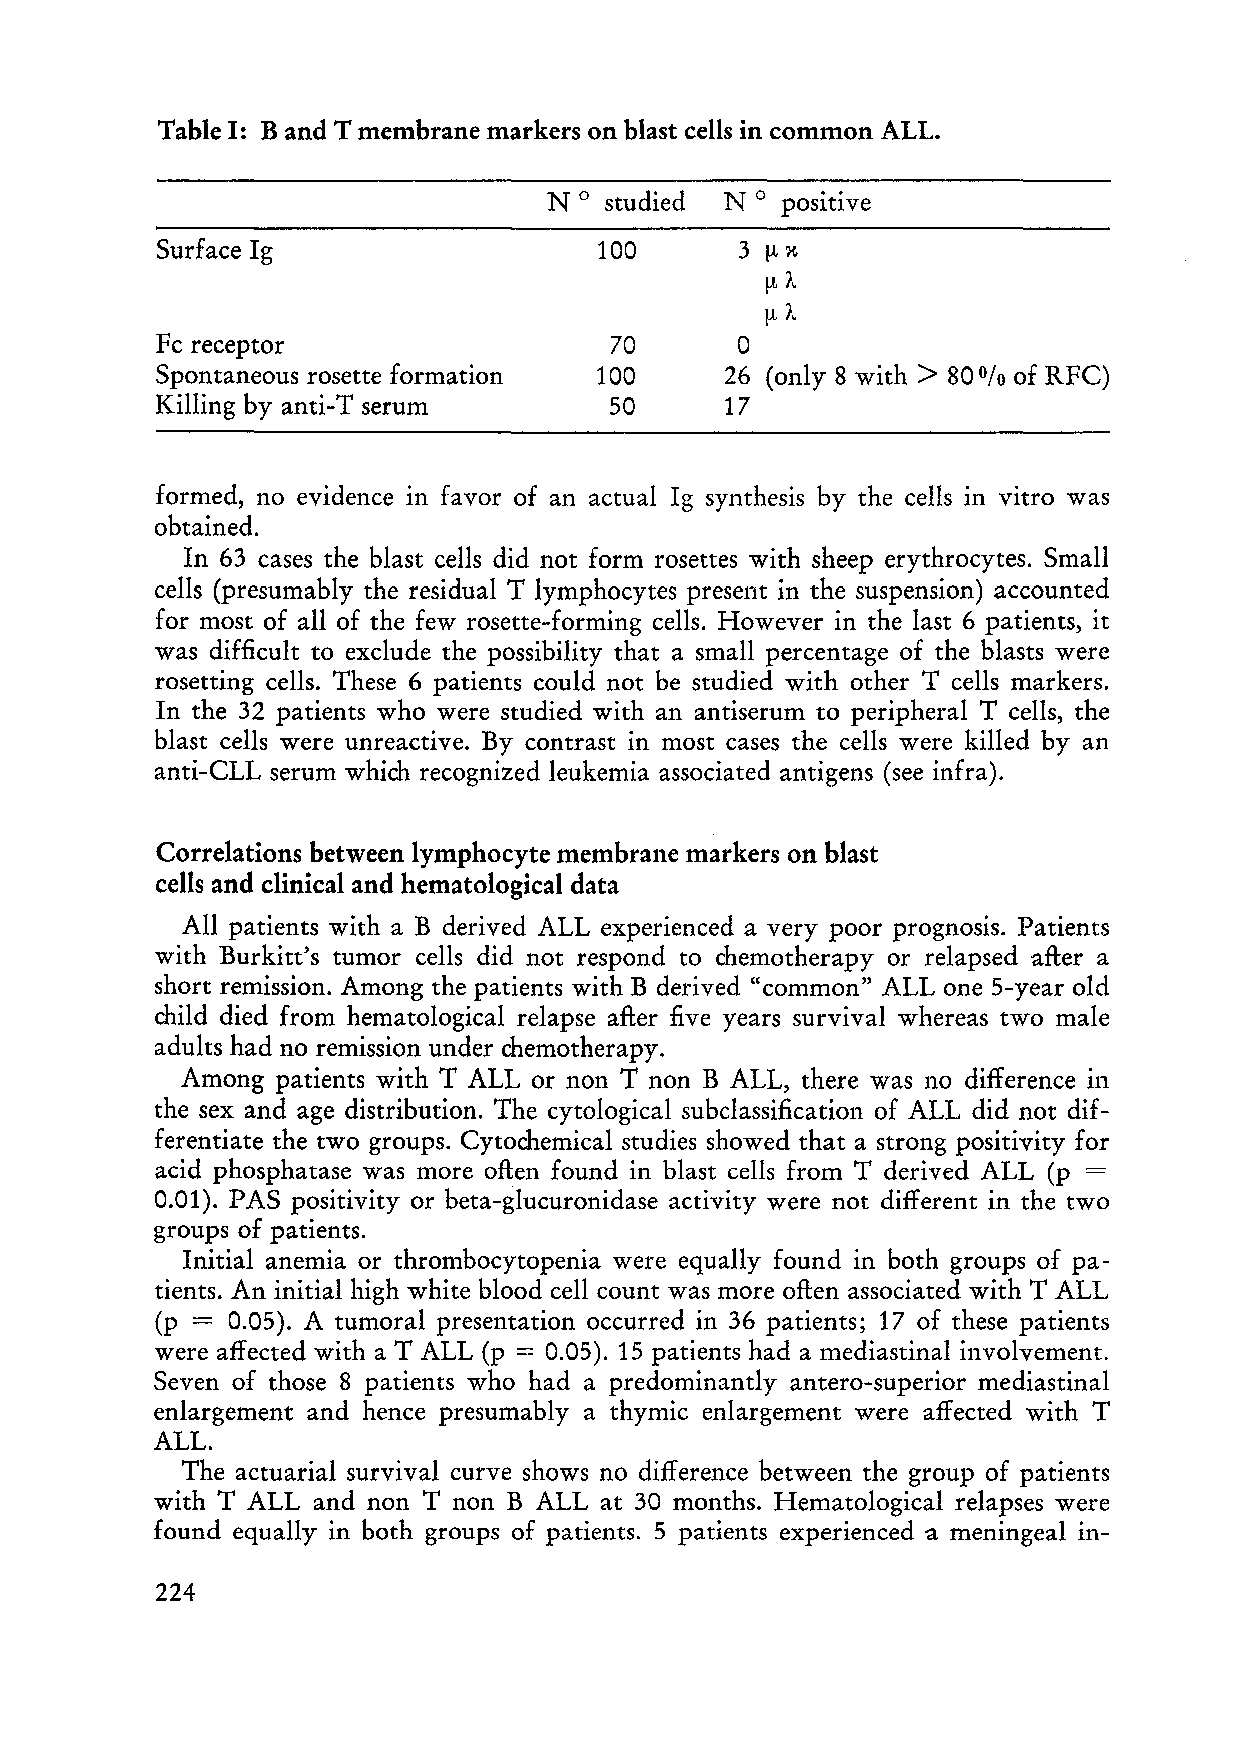
Table I: Band T membrane markers on blast cells in common ALL.
 N°  studied N°  positive
 Surface Ig                    100
 o
 Fe receptor                   70
 >
 Spontaneous rosette formation 100     26 (only 8 with 80% of RFC)
 Killing by anti-T serum       50      17
 formed, no evidenee in favor of an actual Ig synthesis by the cells in vitro was
 obtained.
 In 63 eases the blast ee11s did not form rosettes with sheep erythroeytes. Small
 cells (presumably the residual T lymphocytes present in the suspension) aecounted
 for most of a11 of the few rosette-forming cells. However in the last 6 patients, it
 was difficult to exclude the possibility that a small percentage of the blasts were
 rosetting cells. These 6 patients could not be studied with other T cells markers.
 In the 32 patients who were studied with an antiserum to peripheral T cells, the
 blast cells were unreactive. By contrast in most cases the cells were killed by an
 anti-CLL serum whieh reeognized leukemia associated antigens (see infra).
 Correlations between lymphocyte membrane markers on blast
 cells and clinical and hematological data
 All patients with a B derived ALL experienced a very poor prognosis. Patients
 with Burkitt's tumor cells did not respond to chemotherapy or relapsed after a
 short remission. Among the patients with B derived "common" ALL one 5-year old
 child died from hematological relapse after five years survival whereas two male
 adults had no remission under chemotherapy.
 Among patients with T ALL or non T non BALL, there was no differenee in
 the sex and age distribution. The cytological subclassification of ALL did not dif
 ferentiate the two groups. Cytochemical studies showed that a strong positivity for
 acid phosphatase was more often found in blast cells from T derived ALL (p =
 0.01 ). PAS positivity or beta-glucuronidase activity were not different in the two
 groups of patients.
 Initial anemia or thrombocytopenia were equally found in both groups of pa
 tients. An initial high white blood cell count was more often associated with T ALL
 (p = 0.05). A tumoral presentation occurred in 36 patients; 17 of these patients
 were affected with a T ALL (p = 0.05). 15 patients had a mediastinal involvement.
 Seven of those 8 patients who had a predominantly antero-superior mediastinal
 enlargement and hence presumably a thymic enlargement were affected with T
 ALL.
 The actuarial survival curve shows no difference between the group of patients
 with T ALL and non T non BALL at 30 months. Hematological relapses were
 found equally in both groups of patients. 5 patients experienced a meningeal in-
 224